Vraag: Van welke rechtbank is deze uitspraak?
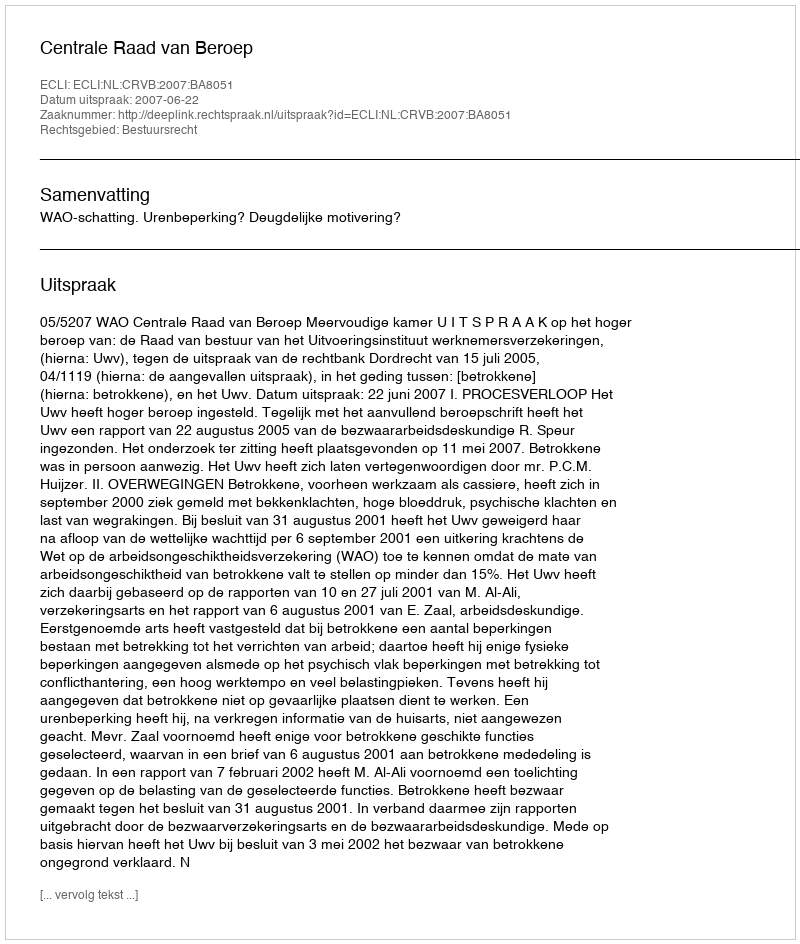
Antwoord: Centrale Raad van Beroep